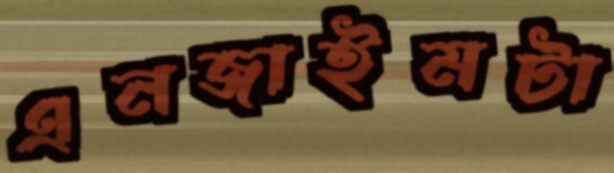
এনজাইমটা